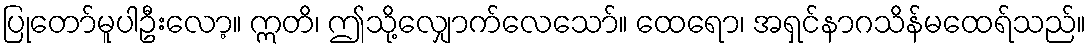
ပြုတော်မူပါဦးလော့။ ဣတိ၊ ဤသို့လျှောက်လေသော်။ ထေရော၊ အရှင်နာဂသိန်မထေရ်သည်။